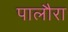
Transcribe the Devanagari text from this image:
पालौरा